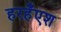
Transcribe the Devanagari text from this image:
हरहँएश